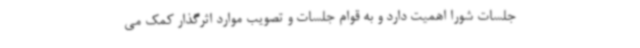
جلسات شورا اهمیت دارد و به قوام جلسات و تصویب موارد اثرگذار کمک می